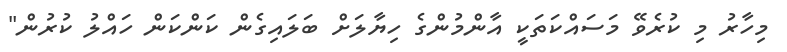
މިހާރު މި ކުރެވޭ މަސައްކަތަކީ އާންމުންގެ ހިޔާލަށް ބަލައިގެން ކަންކަން ހައްލު ކުރުން"